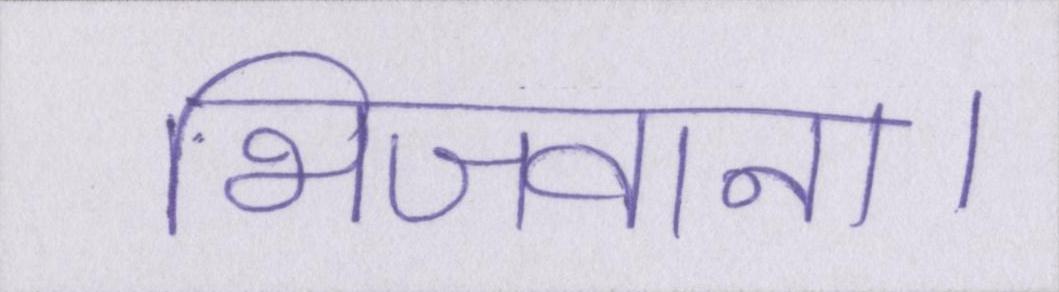
भिजवाना।